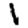
Digit: 1